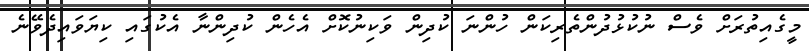
މީގެއިތުރަށް ވެސް ނުކުޅުދުންތެރިކަން ހުންނަ ކުދިން ވަކިނުކޮށް އެހެން ކުދިންނާ އެކުގައި ކިޔަވައިދެވޭނެ